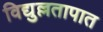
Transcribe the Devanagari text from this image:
विद्युल्लतापात